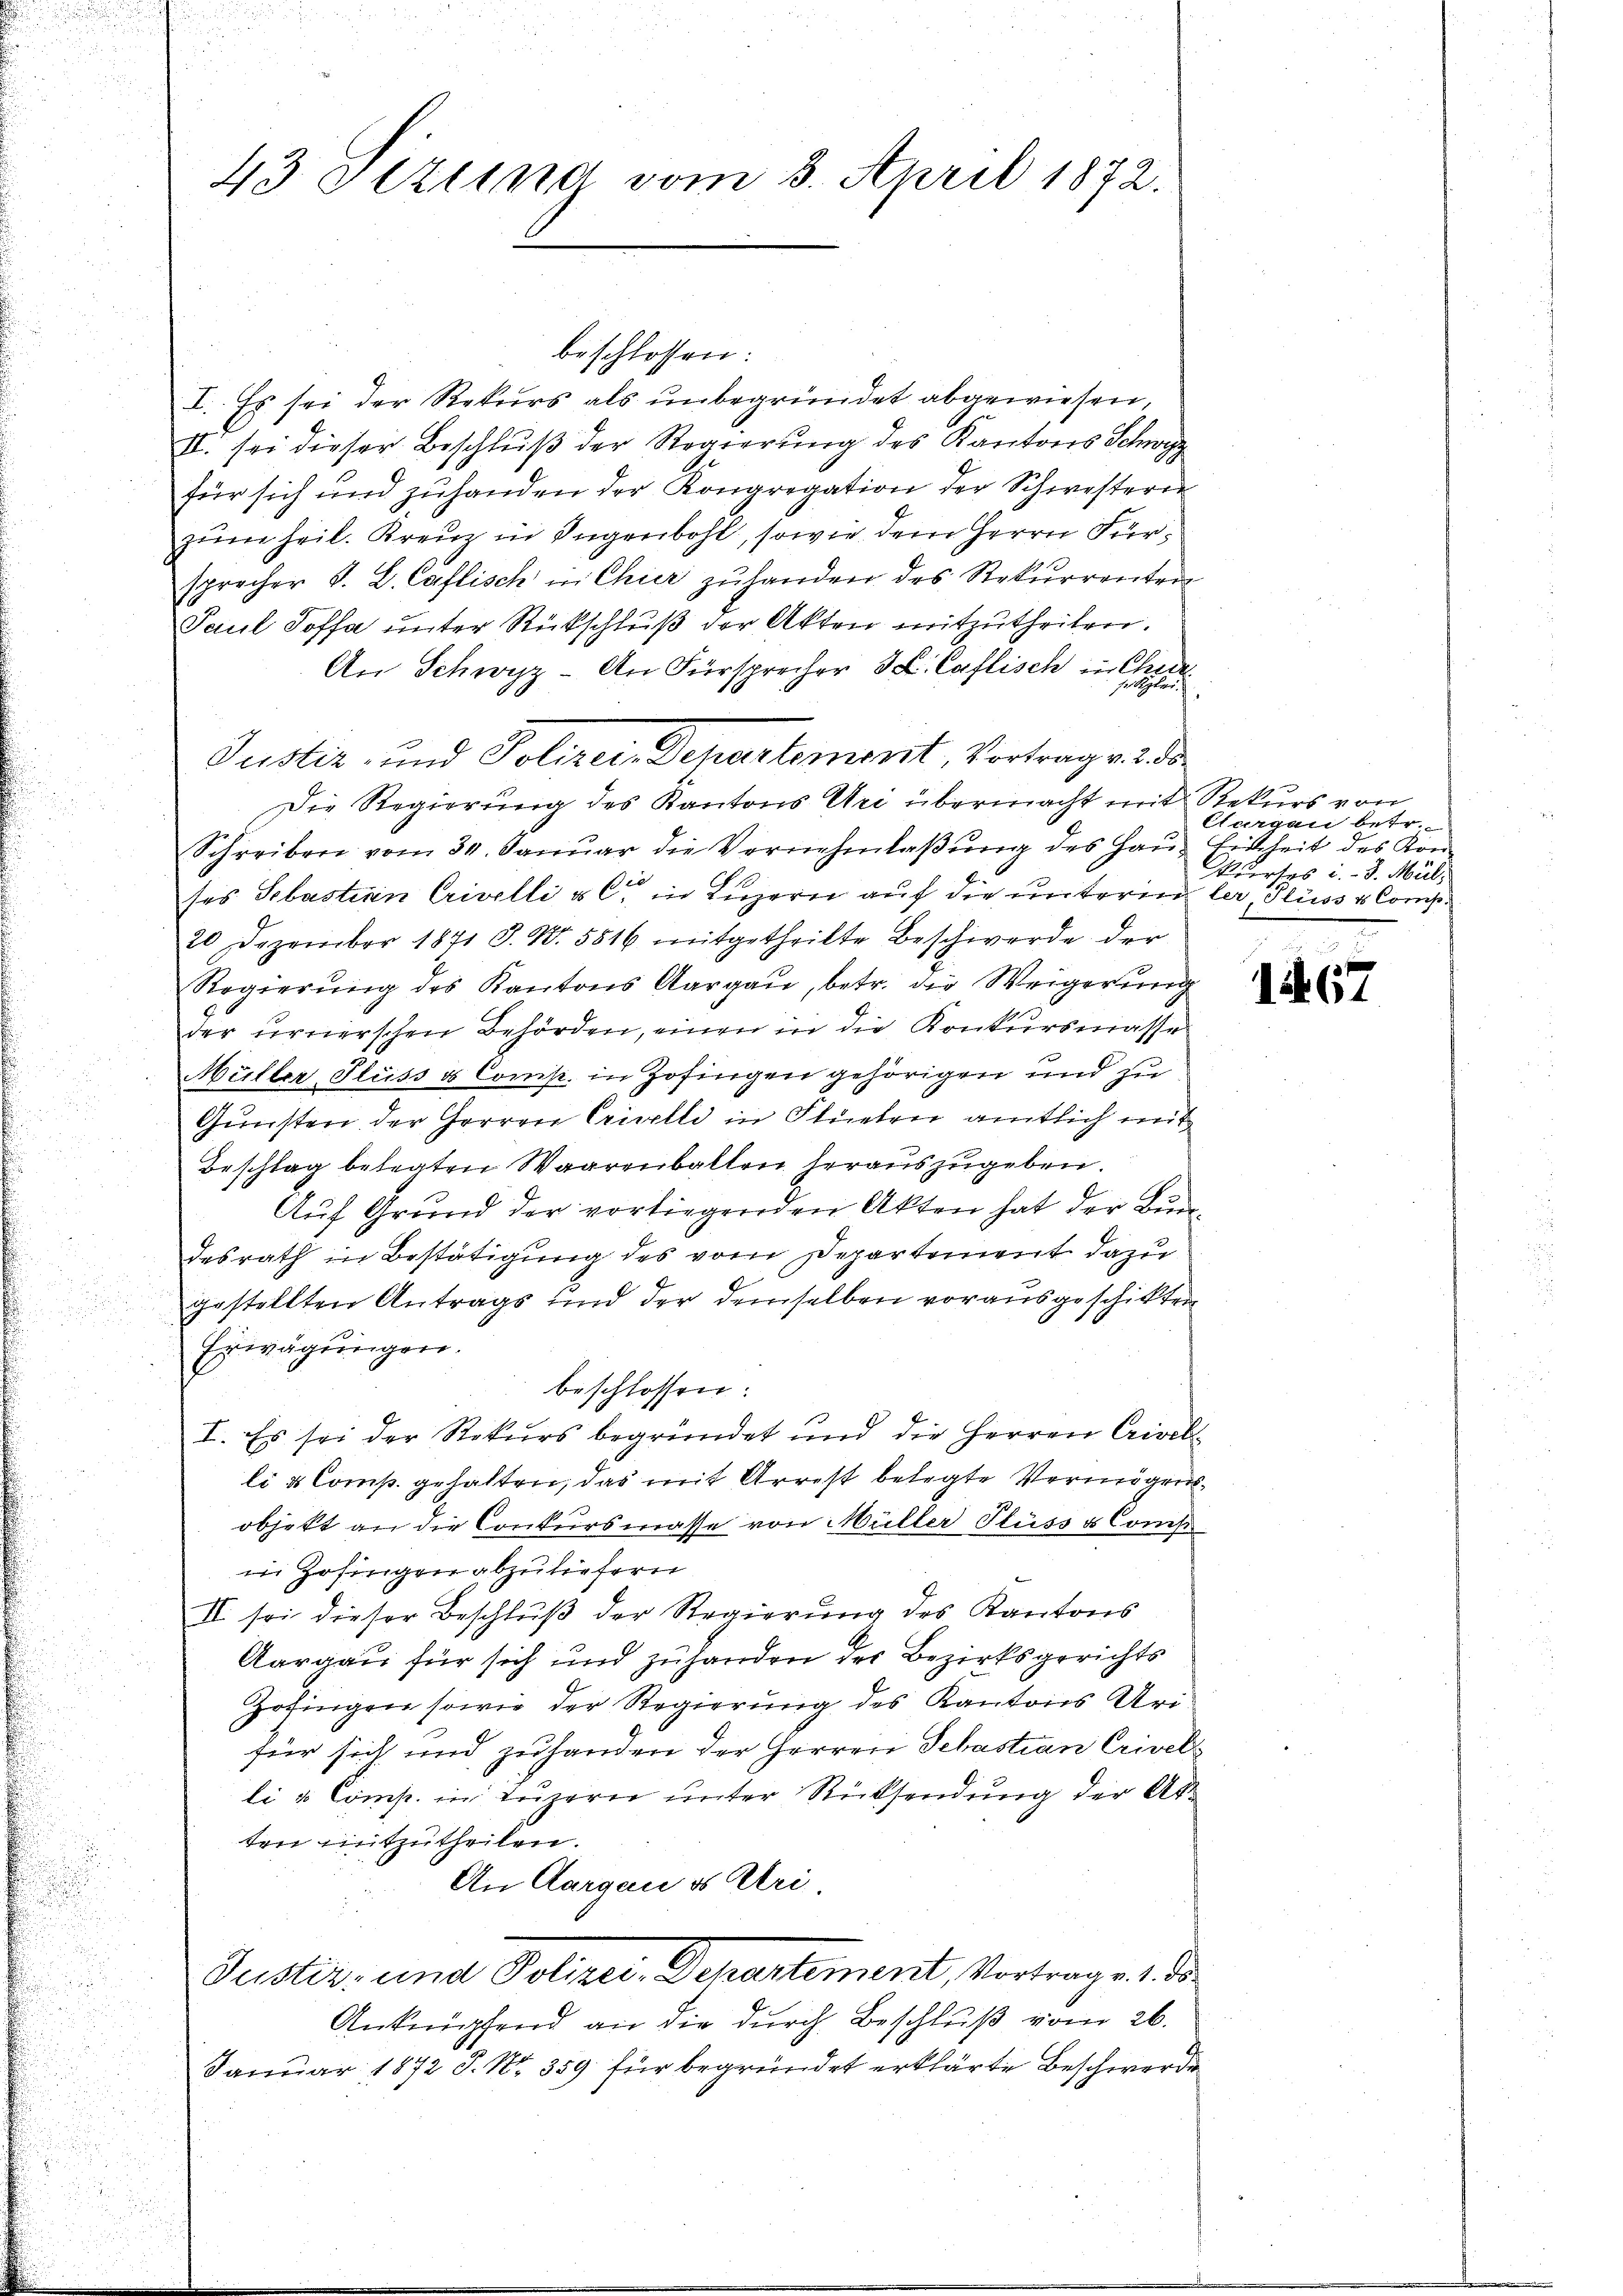
43 Setting vom 8. April 1872.

beschlossen:
I. Es sei der Rekurs als unbegründet abgewiesen,
IV. sei dieser Beschluß der Regierung des Kantons Schwyz
für sich und zŭ handen der Kongregation der Schwesteren
zum heil. Kreuz in Jugenbohl, sowie dem Herrn Fürsprecher J. L. Caflisch in Chier zŭ handen des Rekurrenten
Paul Soffa unter Rückschluß der Akten mitzutheilen.
An Schwyz - An Fürsprecher L. Caflisch in Chur
Die Regierung des Kantons Uri übermacht mit Rekurs von
Schreiben vom 30. Janŭar die Vernehmlaβŭng des Haŭs Einheit des Kon-
ses Sebastian Crivelli & C in Luzern auf die untern ler, Fluss u. Comp.
20 Dezember 1841 J. No. 5816 mitgetheilte Beschwerde der
Regierŭng des Kantons Aargaŭ, betr. die Weigerŭng
der freierschen Behörden, einen in die Konkursmasse
Müller, Flusses Comp. in Zofingen gehörigen und zu
Gŭnsten der Herren Criselli in Stueten amtlich mit
Beschlag belegten Waarenballen herauszugeben.
Auf Grund der vorliegenden Akten hat der Bundesrath in Bestätigung des vom Departement dazu
gestellten Antrags und der demselben vorausgeschikten
Erwägungen.
beschlossen:
I. Es sei der Rekurs begründet und die Herren Crisel-
li & Comp. gehalten, das mit Arrest belegte Vermögensobjekt an die Conkursmasse von Müller Flüsse Comp
in Zofingen abzuliefern
II. so dieser Beschlŭβ der Regierŭng des Kantons
Aargau für sich und zuhanden der Bezirksgerichts
Zofingen sowie der Regierung des Kantons Uri-
für sich und zuhanden der Herren Schastian Crivel
li & Comp. in Luzern unter Rücksendung der Akten mitzutheilen.
An Aargau es Uri.
Justiz- und Polizei-Departement, Vortrage 1. ds.
Anknüpfend an die durch Beschluß vom 26.
Januar 1872 S. Nr. 359 für begründet erklärte Beschwerde

Justiz- und Polizei-Departemont, Vortrage 2. ds.

Caargau betr.
Wurfes i. - 3. Mül¬

15. 67